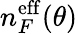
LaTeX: n_{F}^{\mathrm{eff}}(\theta)